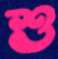
শু